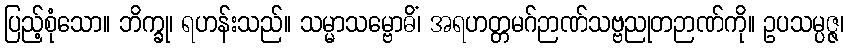
ပြည့်စုံသော။ ဘိက္ခု၊ ရဟန်းသည်။ သမ္မာသမ္ဗောဓိံ၊ အရဟတ္တမဂ်ဉာဏ်သဗ္ဗညုတဉာဏ်ကို။ ဥပသမ္ပဇ္ဇ၊